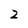
Character: 2